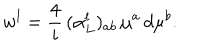
LaTeX: w ^ { l } = \frac { 4 } { i } \, ( \alpha _ { L } ^ { l } ) _ { a b } \, \mu ^ { a } \, d \mu ^ { b } .